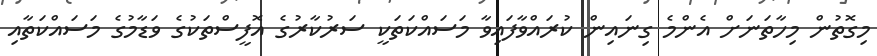
މިގޮތުން މިހާތަނަށް އެންމެ ގިނައިން ކުރައްވާފައިވާ މަސައްކަތަކީ ސަރުކާރުގެ އޮފީސްތަކުގެ ވަޑާމުގެ މަސައްކަތާއި